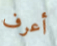
أعرف